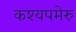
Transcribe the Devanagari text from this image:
कश्यपमेरु